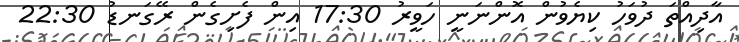
އާދިއްތަ ދުވަހު ކިޔެވުން އޮންނަނީ ހަވީރު 17:30 އިން ފެށިގެން ރޭގަނޑު 22:30